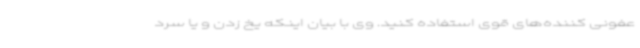
عفونی کننده‌های قوی استفاده کنید. وی با بیان اینکه یخ زدن و یا سرد